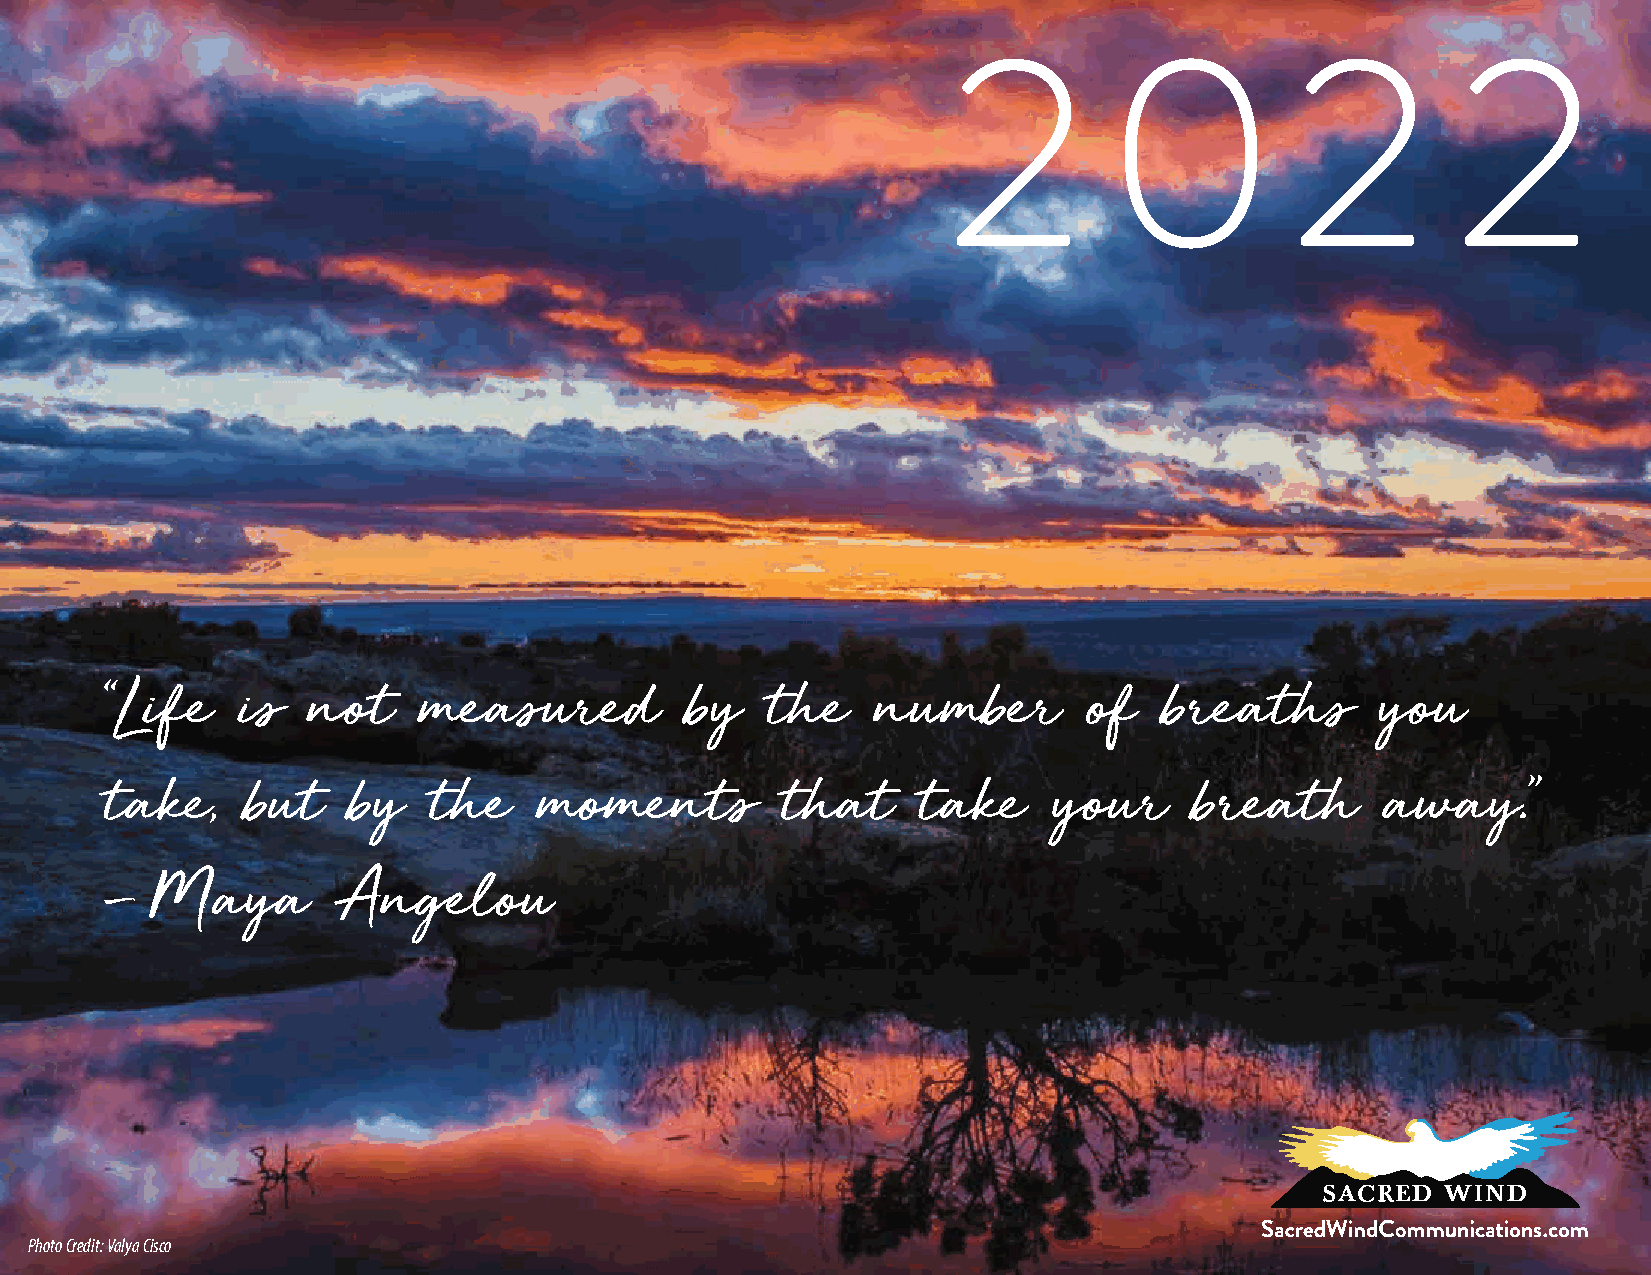
2         0           2          2
 Life    is  not     measured         by    the    number        of   breaths       you
 “
 take     but    by   the     moments         that     take     your     breath       away
 ,                                                                                      .”
 Maya        Angelou
 –
 Photo Credit: Valya Cisco